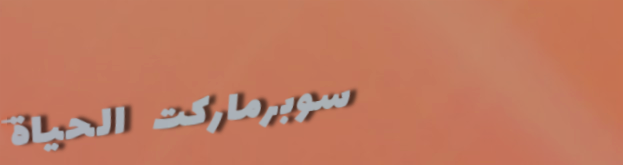
سوبرماركت الحياة